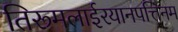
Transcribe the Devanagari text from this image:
तिरूमलाईरयानपत्तिनम